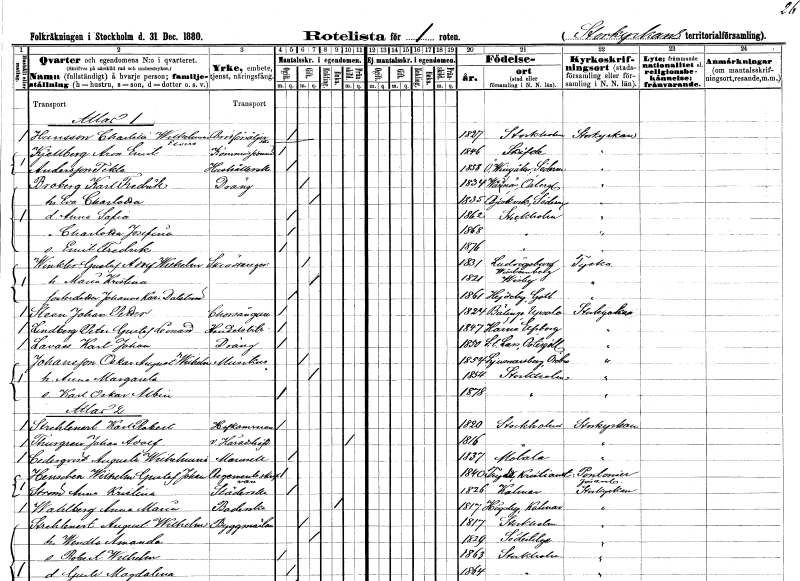
gt_parse: households: individuals: FN: Charlotta Wilhelmina Elvira
EN: Hansson
YRKE: Brödförsäljerska
KON: K
CIV: O
FODAR: 1827
FODFORS: Stockholm
FN: Aron Emil
EN: Kjellberg
YRKE: Kommissionär
KON: M
CIV: O
FODAR: 1846
FODFORS: Skövde Skaraborgs län
FN: Tekla
EN: Andersson
YRKE: Hushållerska
KON: K
CIV: O
FODAR: 1858
FODFORS: Östra Vingåker Södermanlands län
FN: Karl Fredrik
EN: Broberg
YRKE: Dräng
KON: M
CIV: G
FODAR: 1834
FODFORS: Vårdnäs Östergötlands län
FN: Eva Charlotta
KON: K
CIV: G
FODAR: 1835
FODFORS: Björkvik Södermanlands län
FN: Anna Sofia
KON: K
CIV: O
FODAR: 1862
FODFORS: Stockholm
FN: Charlotta Josefina
KON: K
CIV: O
FODAR: 1868
FODFORS: Stockholm
FN: Emil Fredrik
KON: M
CIV: O
FODAR: 1876
FODFORS: Stockholm
FN: Gustaf Adolf Wilhelm
EN: Winkler
YRKE: Skräddaregesäll
KON: M
CIV: G
FODAR: 1831
FN: Maria Kristina
KON: K
CIV: G
FODAR: 1821
FODFORS: Visby Gotlands län
FN: Johanna Karolina
EN: Dalström
KON: K
CIV: O
FODAR: 1861
FODFORS: Hejdeby Gotlands län
FN: Johan Petter
EN: Steen
YRKE: Korsångare
KON: M
CIV: O
FODAR: 1824
FODFORS: Bälinge Uppsala län
FN: Peter Gustaf Leonard
EN: Lindberg
YRKE: Handelsbiträde
KON: M
CIV: O
FODAR: 1847
FODFORS: Härna Älvsborgs län
FN: Karl Johan
EN: Lavass
YRKE: Dräng
KON: M
CIV: O
FODAR: 1850
FODFORS: Sankt Lars Linköping Östergötlands län
FN: Oskar August Wilhelm
EN: Johansson
YRKE: Musiker
KON: M
CIV: G
FODAR: 1854
FODFORS: Ljusnarsberg Örebro län
FN: Anna Margareta
KON: K
CIV: G
FODAR: 1854
FODFORS: Stockholm
FN: Karl Oskar Albin
KON: M
CIV: O
FODAR: 1878
FODFORS: Stockholm
FN: Karl Robert
EN: Strehlenert
YRKE: Hovkamrer
KON: M
CIV: O
FODAR: 1820
FODFORS: Stockholm
FN: Johan Adolf
EN: Thurgren
YRKE: Häradshövding v.
KON: M
CIV: E
FODAR: 1816
FODFORS: Stockholm
FN: Augusta Wilhelmina
EN: Cederqvist
KON: K
CIV: O
FODAR: 1837
FODFORS: Motala Östergötlands län
FN: Wilhelm Gustaf Johan
EN: Henschen
YRKE: Regementsauditör
KON: M
CIV: O
FODAR: 1840
FODFORS: Tryde Kristianstads län
FN: Anna Kristina
EN: Ström
YRKE: Städerska
KON: K
CIV: O
FODAR: 1826
FODFORS: Kalmar Kalmar län